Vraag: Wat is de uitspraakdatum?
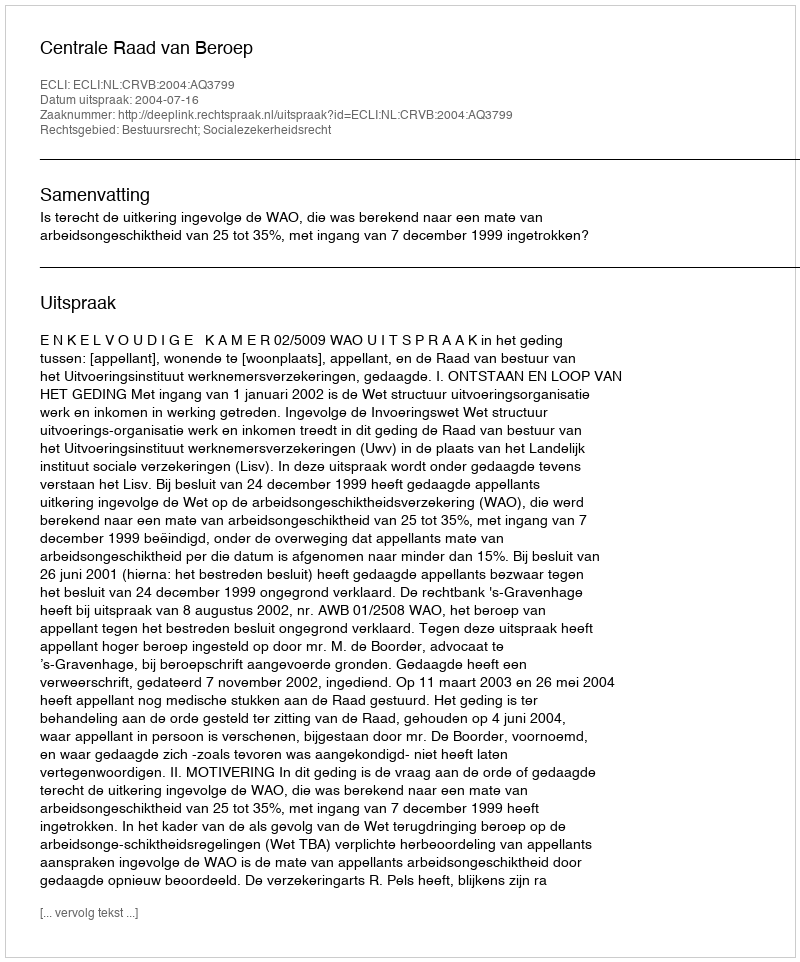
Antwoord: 2004-07-16